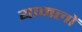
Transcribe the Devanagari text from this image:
यामलों